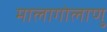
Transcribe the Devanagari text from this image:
मालागोलाणु